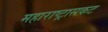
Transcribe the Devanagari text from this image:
महाराष्ट्रासकट